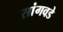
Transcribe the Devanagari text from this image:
सांगवडे